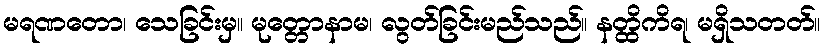
မရဏတော၊ သေခြင်းမှ။ မုတ္တောနာမ၊ လွတ်ခြင်းမည်သည်။ နတ္ထိကိရ၊ မရှိသတတ်။